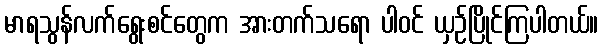
မာရသွန်လက်ရွေးစင်တွေက အားတက်သရော ပါဝင် ယှဉ်ပြိုင်ကြပါတယ်။